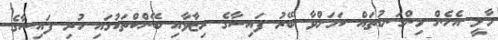
މާލީ އެހެން މިންގަނޑުތައް ކަމަށްވާ ބޭރު ފައިސާގެ ރިޒާވާއި ބޭންކްތަކުގައި ހުރި ފައިސާގެ